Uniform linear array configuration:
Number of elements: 8
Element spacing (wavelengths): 1
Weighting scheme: uniform
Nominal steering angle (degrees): -15
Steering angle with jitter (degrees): -15.475
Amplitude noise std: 0.05
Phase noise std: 0.05

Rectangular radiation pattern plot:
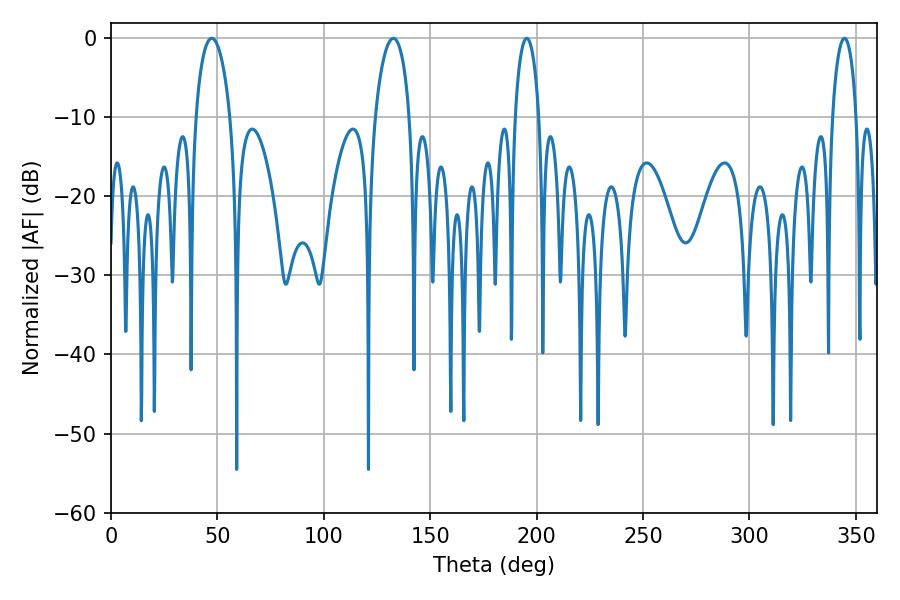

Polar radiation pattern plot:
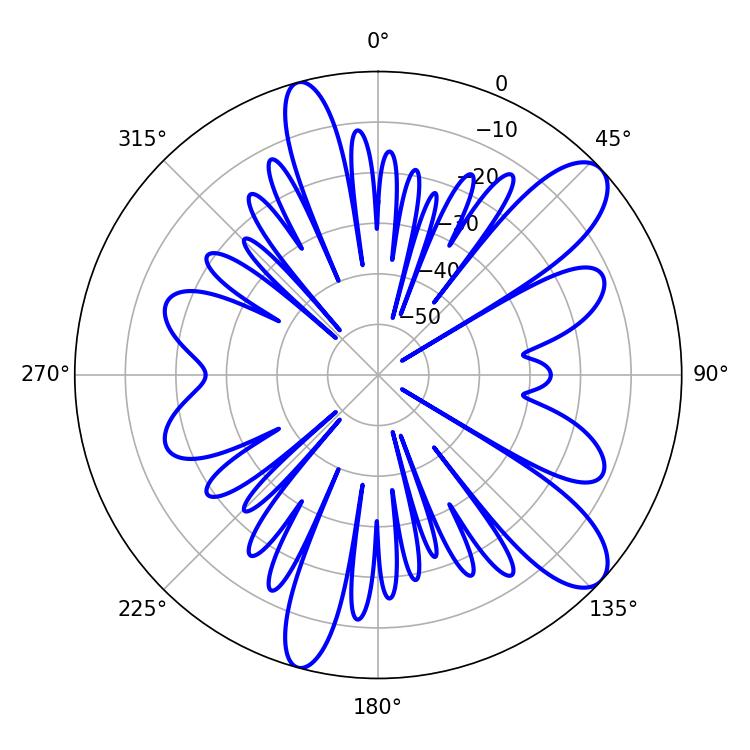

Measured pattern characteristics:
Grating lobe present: TRUE
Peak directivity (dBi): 10.117
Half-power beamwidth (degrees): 9.36
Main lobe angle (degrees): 47.34